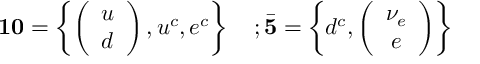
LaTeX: { \bf 1 0 } = \left\{ \left( \begin{array} { c } { { u } } \\ { { d } } \end{array} \right) , u ^ { c } , e ^ { c } \right\} \quad ; \bar { \bf 5 } = \left\{ d ^ { c } , \left( \begin{array} { c } { { \nu _ { e } } } \\ { { e } } \end{array} \right) \right\}